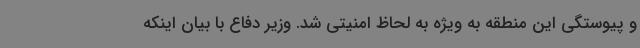
و پیوستگی این منطقه به ویژه به لحاظ امنیتی شد. وزیر دفاع با بیان اینکه